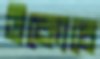
উকোচে